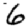
Digit: 6